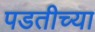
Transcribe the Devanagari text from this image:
पडतीच्या